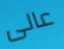
عالى